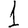
Digit: 1